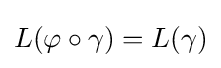
L(\varphi \circ \gamma )=L(\gamma )